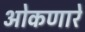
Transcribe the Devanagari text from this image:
ओकणारे